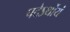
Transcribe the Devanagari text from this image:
पदेऽर्थोयं